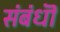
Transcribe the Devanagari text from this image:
संबंधॊ